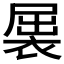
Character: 𲀷